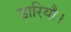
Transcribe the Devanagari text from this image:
डारियौ।